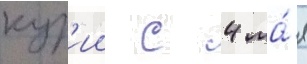
кур'ии с 4 ма́я